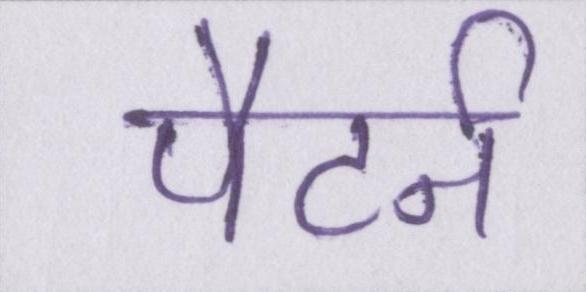
पैटर्न